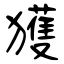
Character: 獲